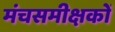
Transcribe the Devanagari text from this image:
मंचसमीक्षकों